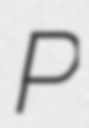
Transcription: P